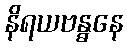
နိရယဗန္ဓနေ